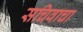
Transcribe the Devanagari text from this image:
सचिवाचा